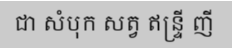
ជា សំបុក សត្វ ឥន្ទ្រី ញី